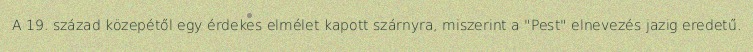
A 19. század közepétől egy érdekes elmélet kapott szárnyra, miszerint a "Pest" elnevezés jazig eredetű.